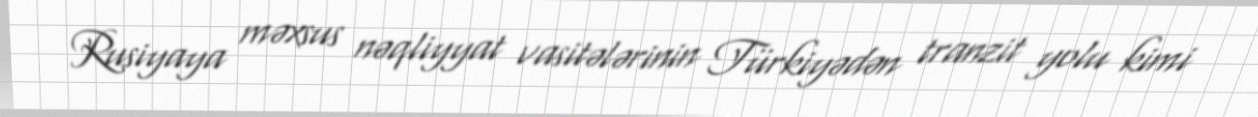
Rusiyaya məxsus nəqliyyat vasitələrinin Türkiyədən tranzit yolu kimi